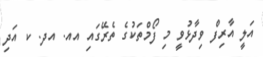
އަލީ އާރިފް ވިދާޅުވީ މި ފޯމްތަކުގެ ތެރޭގައި އއ. އދ. ކ އަދި